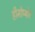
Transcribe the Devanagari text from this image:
हीमोप्योर